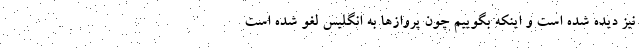
نیز دیده شده است و اینکه بگوییم چون پروازها به انگلیس لغو شده است